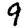
Digit: 9